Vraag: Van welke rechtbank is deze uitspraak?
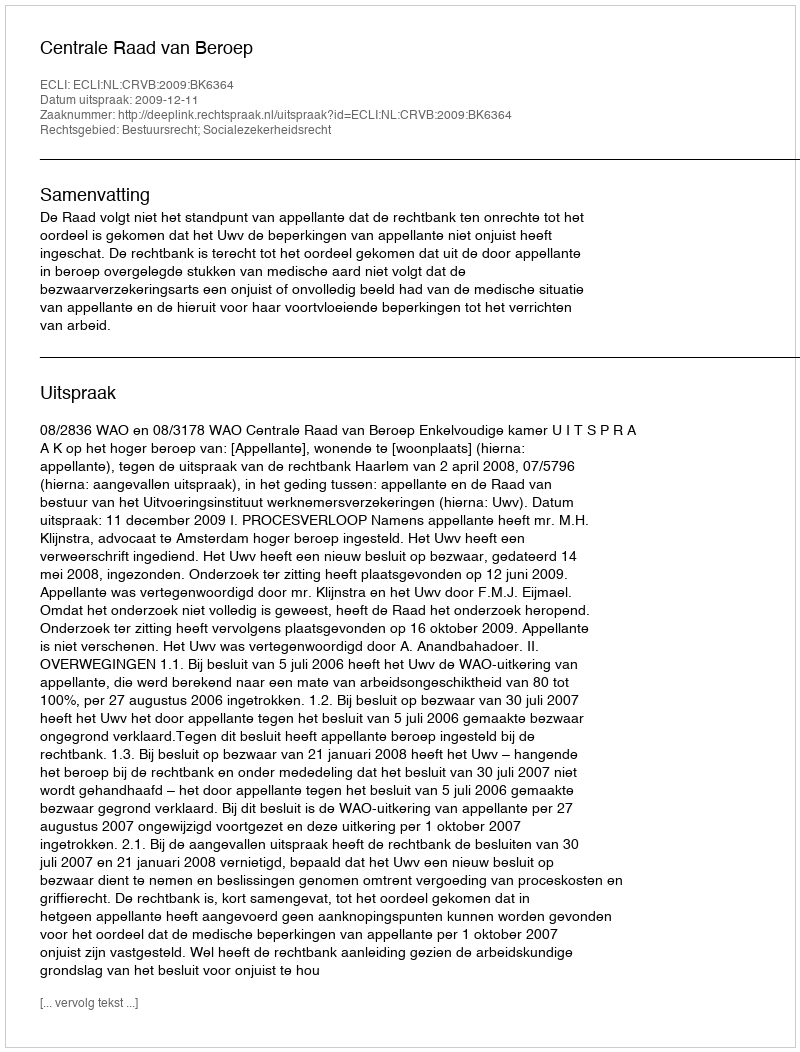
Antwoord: Centrale Raad van Beroep